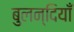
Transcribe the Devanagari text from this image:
बुलन्दियाँ